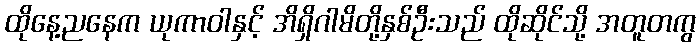
ထိုနေ့ညနေက ယုကာဝါနှင့် အိရှိဂါမိတို့နှစ်ဦးသည် ထိုဆိုင်သို့ အတူတကွ